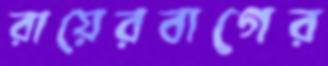
রায়েরবাগের